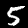
Digit: 5